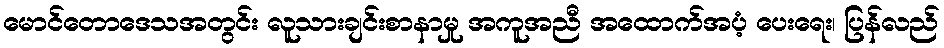
မောင်တောဒေသအတွင်း လူသားချင်းစာနာမှု အကူအညီ အထောက်အပံ့ ပေးရေး၊ ပြန်လည်